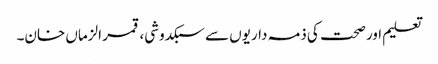
تعلیم اور صحت کی ذمہ داریوں سے سبکدوشی، قمر الزماں خان۔